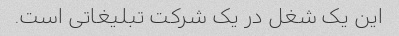
این یک شغل در یک شرکت تبلیغاتی است.